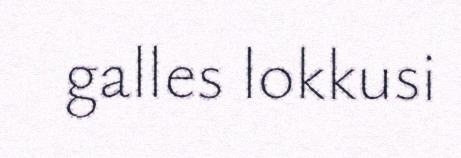
galles lokkusi